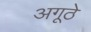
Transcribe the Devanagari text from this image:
अगूठे